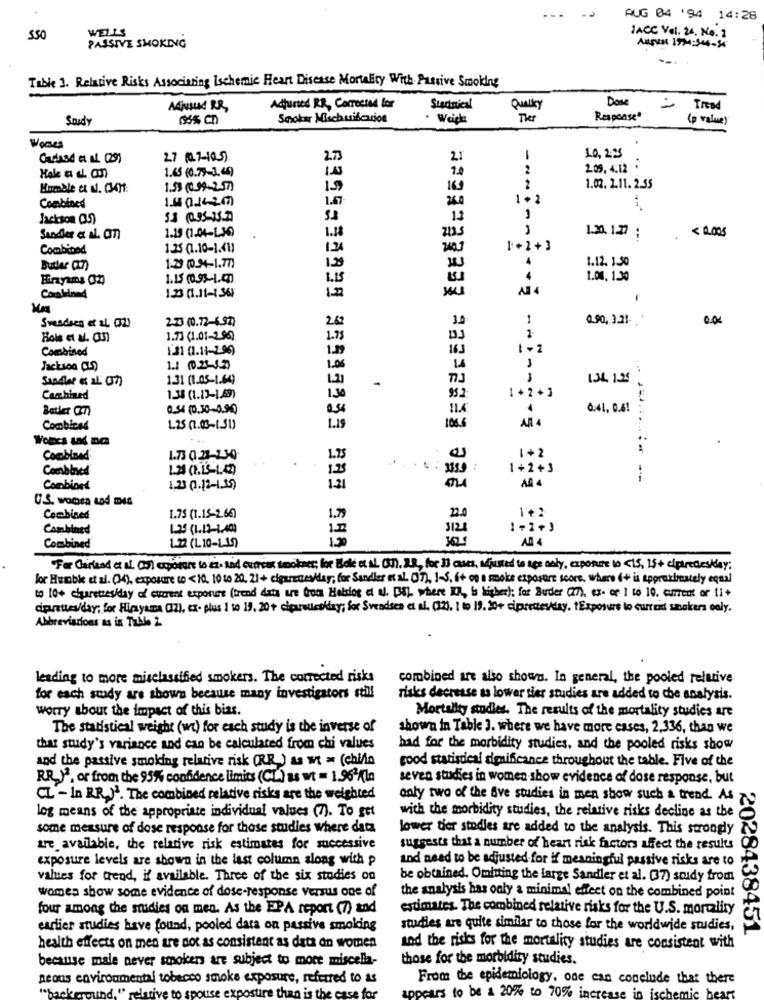
AUG 04 '94 14:26
JACC Vel. 24. No. 1
SSO
WELLS
PASSIVE SMOKING
August 1914:544-54
Table 1. Relative Risks Associating Ischemic Heart Disease Mortality With Passive Smoking
Dose
Adtuned RR, Corrected for
Stadnical
Tresd
Saudy
Smokar Mlschuifcation
The
Response"
(p valuey
Cadaod et al. (29)
27 (0-7-10-)
21
1
LO, 2:25
Hale a . an
1.45 (0.79-1.49)
2.09. 4.12 .
1.53 (0.99-2.57)
19
169
2
1.02. 2.11. 2.55
1.4 0.142(7)
1.67
1+2
Combined
26.0
Jackson (35)
5.3 (0.95-13.7)
12
1.15 (1.04-L36)
< 0.005
Sandler et al. an
1.88
1.20. 127 ;
.
Combined
1.25 (1.10-1.41)
124
1+ 2+3
129
Butler (27)
1.2 (0.14-1.77)
1.12. 1.50
1.15 (0.93-1.40)
1.04. 1.30
Comblond
12
1.23 (1.11-1 36)
2.23 (0.72-6.92)
262
090,331
Svendsen et al. (2)
Hola et al. (3)
1.73 (1.01-2.9%)
1.75
Combined
1.31 (1.11-2.99)
1.39
163
1-2
Jackson (S)
1.0
1.31 (1.05-1.64)
134 121
Combined
1.38 (1.13-1,69)
130
95.2
1+2+ 1
0.34 (0.30-0.90
114
6.41, 0.4! :
AR
Combined
1.25 (2.03-1.51)
1.19
106.6
WoRcs & Da
1+2
Combined
1.73 0.23-130
1.75
Combined
125
1+2+3
i
Combines
1,23 (0.12-1.35)
121
1.75 (1.15-2.66)
Combined
1.79
22.0
1+ 2
Combined
1.25-(1.12-1.40)
3124
1-2+3
AD 4
Combined
1.22 (L10-11)
For Garland et al. col cequiare to in. and current smokes; for Bok et AL. C. R.R ., for 33 oss, adjusted to are only, exposure to <15, 15+ ciptredeskay;
for Hurable et al. (4), exposure to <10. 10 to 20, 21 + cigarettesklar; for Sandler et al 07), 1-5, 6+ og a moke exposure score, where (+ is approximately equal
to 10+ cigarettes/day of current exporure (trend dats ut trom Holsiog a ul. BS). where KA, Is higher); for Buder (27), ex- ce 1 to 10. current or 1i+
cipunte/day, for Himyama (12), ex- plus 1 to 19, 20+ cigarettesklay; for Svendsen et al. (32), 1 to 19. 30+ ciprestesklay. tExposure to current smokers only.
Abbreviations as in Table 2
leading to more misclassified smokers. The corrected risks
combined are also shows. In general, the pooled relative
for each study are shown because many investigators still
risks decrease ts lower tier studies are added to che analysis.
worry about the impact of this bias.
Mortality studies. The results of the mortality studies are
The statistical weight (wi) for each study is the inverse of
shown in Table 3. where we have more cases, 2,336, than we
that study's variance and can be calculated from chi values
had for the morbidity studies, and the pooled risks show
and the passive smoking relative risk (RR) as wt = (chile
good statistical significance throughout the table. Five of the
RR )3, or from the 95% confidence limits (CL) as wt = 1.96 /la
seven studies in women show evidence of dose response, but
CL - In RR.)3. The combined relative risks are the weighted
only two of the five studies in men show such a trend. As
log means of the appropriate individual values (7). To get
with the morbidity studies, the relative risks decline as the
some measure of dose response for those studies where data
lower tier studies are added to the analysis. This strongly
are available, the relative risk estimates for successive
suggests that a number of heart risk factors affect the results Q
exposure levels are shown in the last column along with p
and need to be adjusted for if meaningful passive risks are to
values for trend, if available. Three of the six studies on
be obtained. Omitting the large Sandler et al. (37) soudy from
women show some evidence of dose-response versus one of
the analysis has only a minimal effect on the combined point
four among the studies on men. As the EPA report (7) and
estimates. The combined relative risks for the U.S. mortality
earlier studies have found, pooled data on passive smoking
studies are quite similar to those for the worldwide studies,
2028438451
health effects on men are not as consistent as data on women
and the risks for the mortality studies are consistent with
because male never smokers are subject to more miscella-
those for the morbidity studies.
neons environmental tobacco smoke exposure, referred to as
From the epidemiology, one can conclude that there
e exposure than is the case for
ars to be a 20% to 70% incr
n ischemic bear